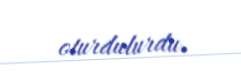
oturdulurdu.